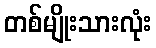
တစ်မျိုးသားလုံး